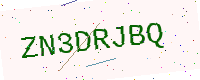
Text: ZN3DRJBQ